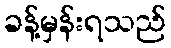
ခန့်မှန်းရသည်